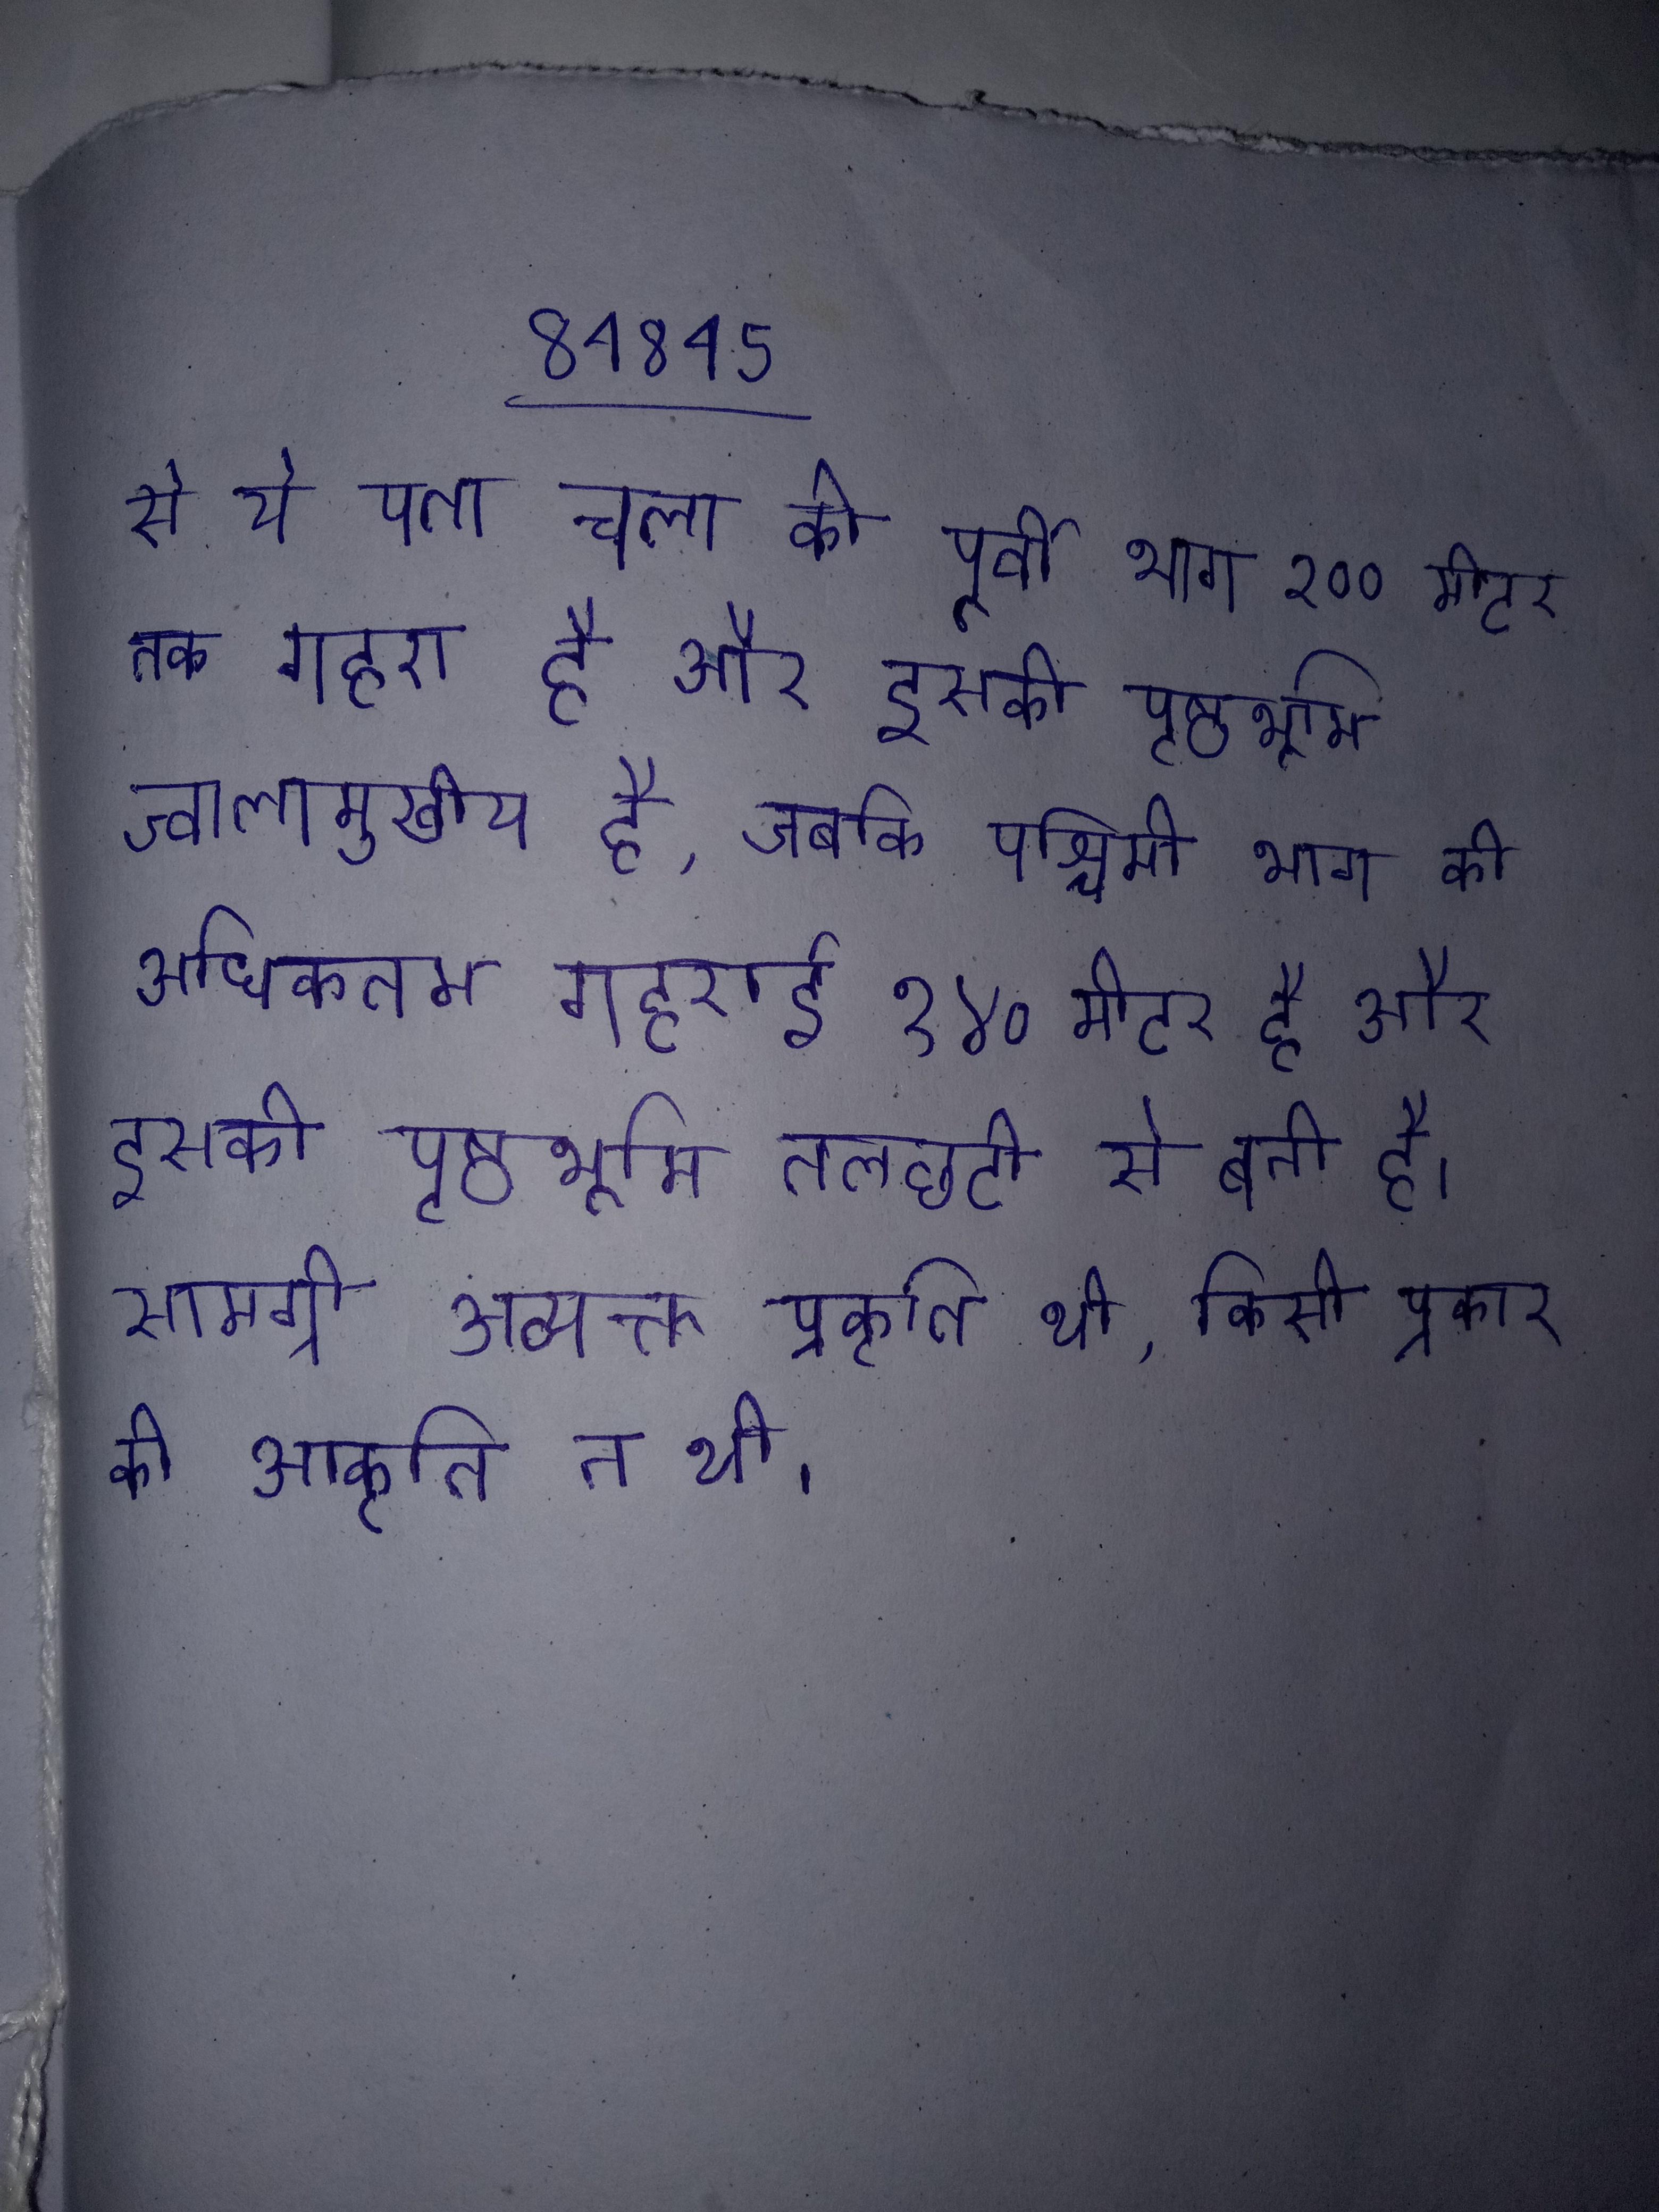
से ये पता चला की पूर्वी भाग २०० मीटर तक गहरा है और इसकी पृष्ठभूमि ज्वालामुखीय है, जबकि पश्चिमी भाग की अधिकतम गहराई १४० मीटर है और इसकी पृष्ठभूमि तलछटी से बनी है । सामग्री अव्यक्त प्रकृति थी, किसी प्रकार की आकृति न थी ।